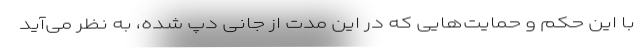
با این حکم و حمایت‌هایی که در این مدت از جانی دپ شده، به نظر می‌آید